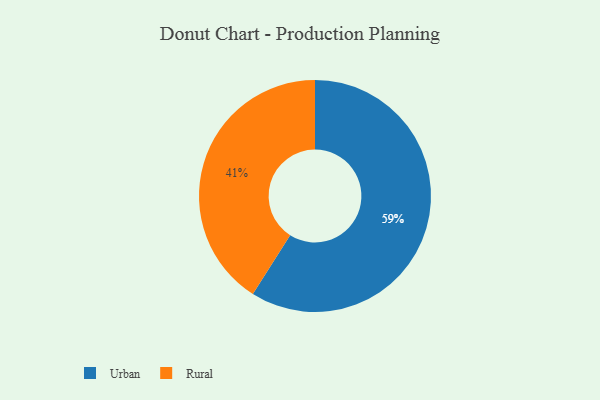
{"axis": {"x": "Category", "y": "Percentage"}, "legend": ["Rural", "Urban"], "data": [{"x": "Urban", "y": 59, "type": "Urban"}, {"x": "Rural", "y": 41, "type": "Rural"}]}